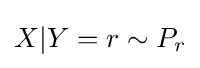
X|Y=r\sim P_{r}